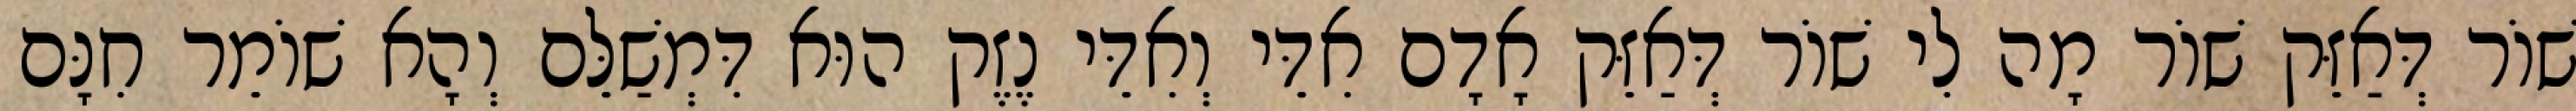
שׁוֹר דְּאַזֵּק שׁוֹר מָה לִי שׁוֹר דְּאַזֵּק אָדָם אִדֵּי וְאִדֵּי נֶזֶק הוּא דִּמְשַׁלֵּם וְהָא שׁוֹמֵר חִנָּם